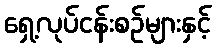
ရှေ့လုပ်ငန်းစဉ်များနှင့်